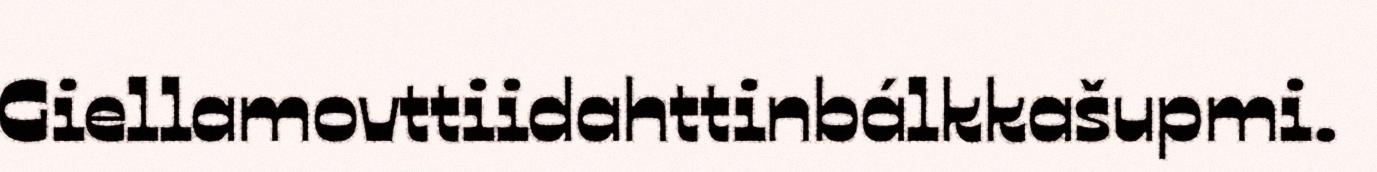
Giellamovttiidahttinbálkkašupmi.